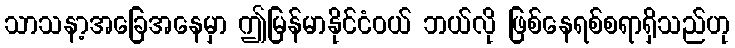
သာသနာ့အခြေအနေမှာ ဤမြန်မာနိုင်ငံဝယ် ဘယ်လို ဖြစ်နေရစ်စရာရှိသည်ဟု